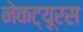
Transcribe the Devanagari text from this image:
नेकट्यूरस